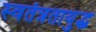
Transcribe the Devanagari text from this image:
स्वतंत्रतायुद्ध